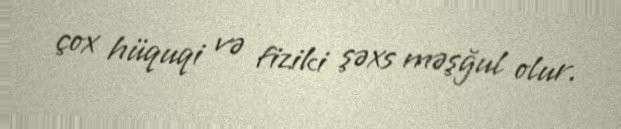
çox hüquqi və fiziki şəxs məşğul olur.